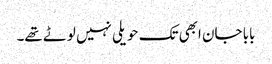
بابا جان ابھی تک حویلی نہیں لوٹے تھے۔